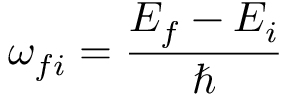
\omega _ { f i } = \frac { E _ { f } - E _ { i } } { \hbar }